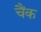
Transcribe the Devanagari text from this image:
चैंक